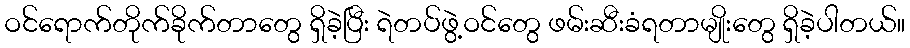
ဝင်ရောက်တိုက်ခိုက်တာတွေ ရှိခဲ့ပြီး ရဲတပ်ဖွဲ့ဝင်တွေ ဖမ်းဆီးခံရတာမျိုးတွေ ရှိခဲ့ပါတယ်။